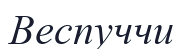
Веспуччи